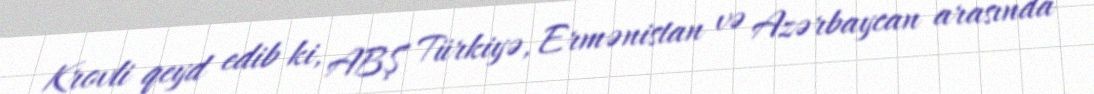
Krovli qeyd edib ki, ABŞ Türkiyə, Ermənistan və Azərbaycan arasında